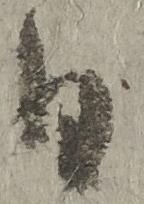
日